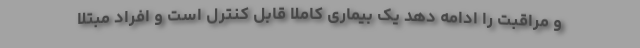
و مراقبت را ادامه دهد یک بیماری کاملاً قابل کنترل است و افراد مبتلا